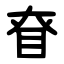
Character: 眘